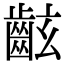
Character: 𪗰